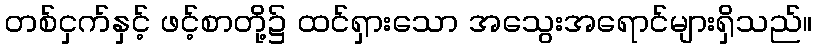
တစ်ငှက်နှင့် ဖင့်စာတို့၌ ထင်ရှားသော အသွေးအရောင်များရှိသည်။